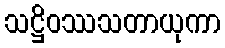
သဋ္ဌိဝဿသတာယုကာ